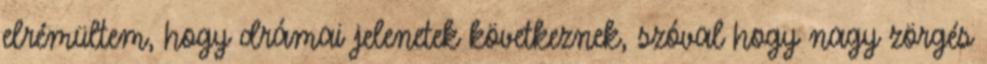
elrémültem, hogy drámai jelenetek következnek, szóval hogy nagy zörgés